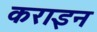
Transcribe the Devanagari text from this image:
कराइन